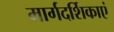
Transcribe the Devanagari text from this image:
मार्गदर्शिकाएं